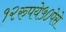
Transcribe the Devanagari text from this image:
१२रुपये५०पेसे